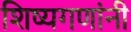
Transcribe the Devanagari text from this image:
शिष्यगणांनी